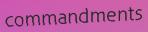
commandments